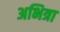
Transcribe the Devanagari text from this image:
अभित्रा